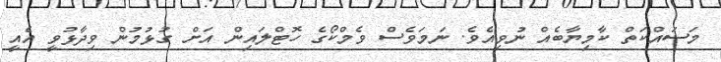
މަސައްކަތް ކާމިޔާބެއް ނުވިއެވެ. ނަމަވެސް ވެމްކޯގެ ހޮޓްލައިން އަށް ގުޅުމުން ވިދާޅުވީ އެއީ